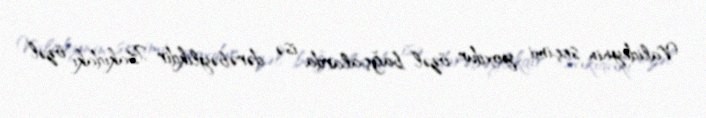
Valideynin seçimi yoxdur, özəl bağçalarda isə dərəbəylikdir Bakıdakı özəl